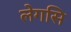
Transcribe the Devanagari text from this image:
लेगसि